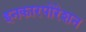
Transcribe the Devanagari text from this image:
इनकारपोरेशन